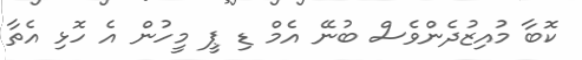
ކޮބާ މުއިޒުދެންވެސް ބުނޭ އެމް ޑި ޕީ މީހުން އެ ހޮޅި އެތާ